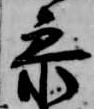
参